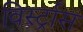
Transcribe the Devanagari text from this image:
विर्स्ट्रास